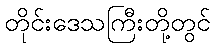
တိုင်းဒေသကြီးတို့တွင်